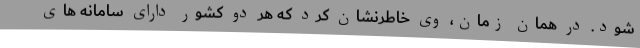
شود. در همان زمان، وی خاطرنشان کرد که هر دو کشور دارای سامانه های